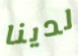
لدينا